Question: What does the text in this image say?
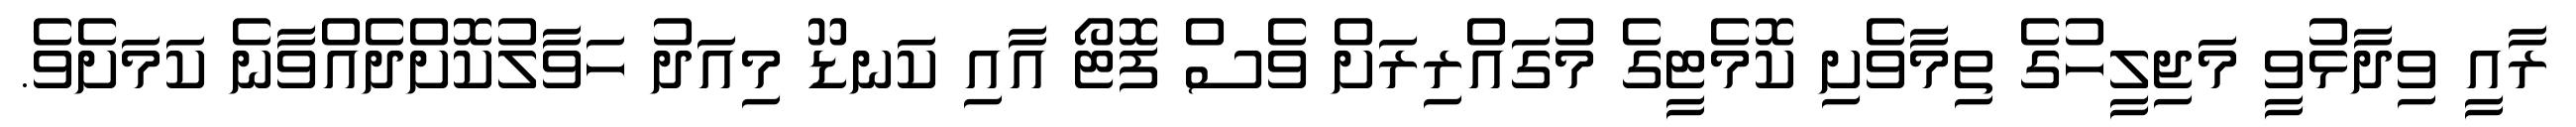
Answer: ރާއީ ވިދާޅުވީ މަޖިލީހުގެ ތިމާވެށި ކޮމެޓީގެ މުގައްރިރަށް ވެސް ފޮޓޯ އާއި ކަނޑޫ މިއަދު ހަވާލުކޮށްދެއްވާނެ ކަމަށެވެ.